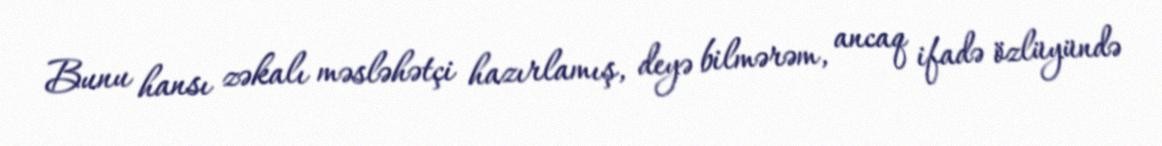
Bunu hansı zəkalı məsləhətçi hazırlamış, deyə bilmərəm, ancaq ifadə özlüyündə